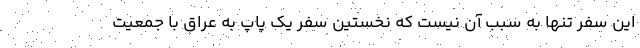
این سفر تنها به سبب آن نیست که نخستین سفر یک پاپ به عراق با جمعیت